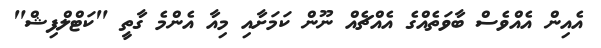
އެއިން އެއްވެސް ބާވަތެއްގެ އެއްޗެއް ނޫން ކަމަށާއި މިއާ އެންމެ ގާތީ "ކަޓްލްފިޝް"